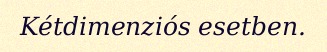
Kétdimenziós esetben.